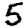
Digit: 5